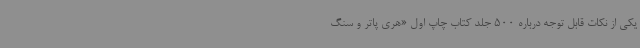
یکی از نکات قابل توجه درباره 500 جلد کتاب‌ چاپ اول «هری‌ پاتر و سنگ